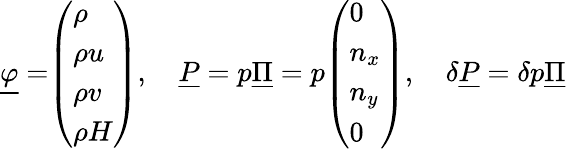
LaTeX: \underline{{\varphi}}=\begin{array}{l}{\left(\begin{array}{l}{\rho}\\ {\rho u}\\ {\rho v}\\ {\rho H}\end{array}\right)}\end{array},\quad\underline{{P}}=p\underline{{\Pi}}=p\begin{array}{l}{\left(\begin{array}{l}{0}\\ {n_{x}}\\ {n_{y}}\\ {0}\end{array}\right)}\end{array},\quad\delta\underline{{P}}=\delta p\underline{{\Pi}}